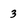
Character: 3